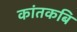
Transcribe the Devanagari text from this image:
कांतकबि